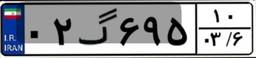
۰۲گ۶۹۵۱۰